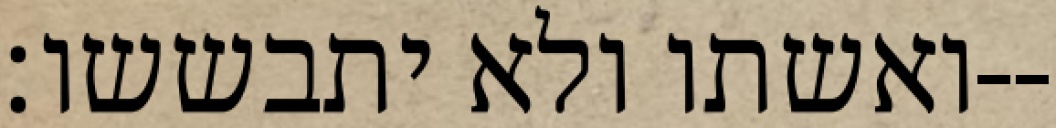
ואשתו ולא יתבששו׃--